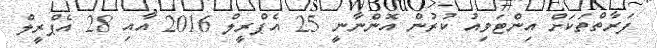
ފަރާތްތަކަށް އިންޓަވިއު ކުރުން އޮންނާނީ 25 އެޕްރީލް 2016 އާއި 28 އެޕްރީލް